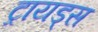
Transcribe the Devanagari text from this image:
ट्रायड्स